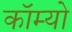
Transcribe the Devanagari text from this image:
कॉम्‍यो